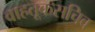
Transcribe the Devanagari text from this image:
वाहतूकसचिव